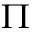
\Pi